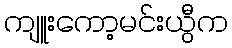
ကျူးကော့မင်းယွီက